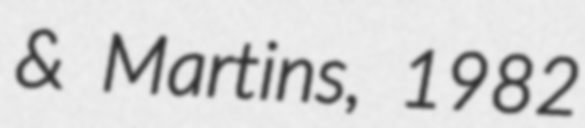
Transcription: & Martins, 1982